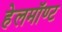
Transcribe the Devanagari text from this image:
हेलमॉण्ट